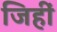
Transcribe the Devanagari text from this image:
जिहीं